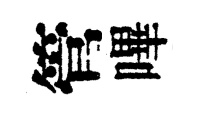
管嗶